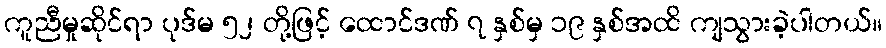
ကူညီမှုဆိုင်ရာ ပုဒ်မ ၅၂ တို့ဖြင့် ထောင်ဒဏ် ၇ နှစ်မှ ၁၉ နှစ်အထိ ကျသွားခဲ့ပါတယ်။